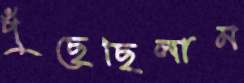
পুঁছেছিলাম